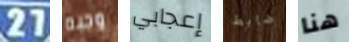
27 وجبه إعجابي ضابط هنا